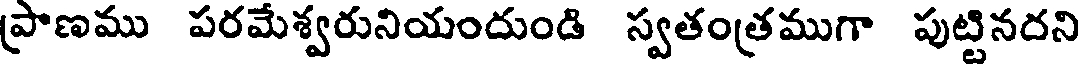
ప్రాణము పరమేశ్వరునియందుండి స్వతంత్రముగా పుట్టినదని